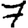
Digit: 7